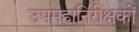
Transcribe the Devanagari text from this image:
उपमहानिरीक्षकों